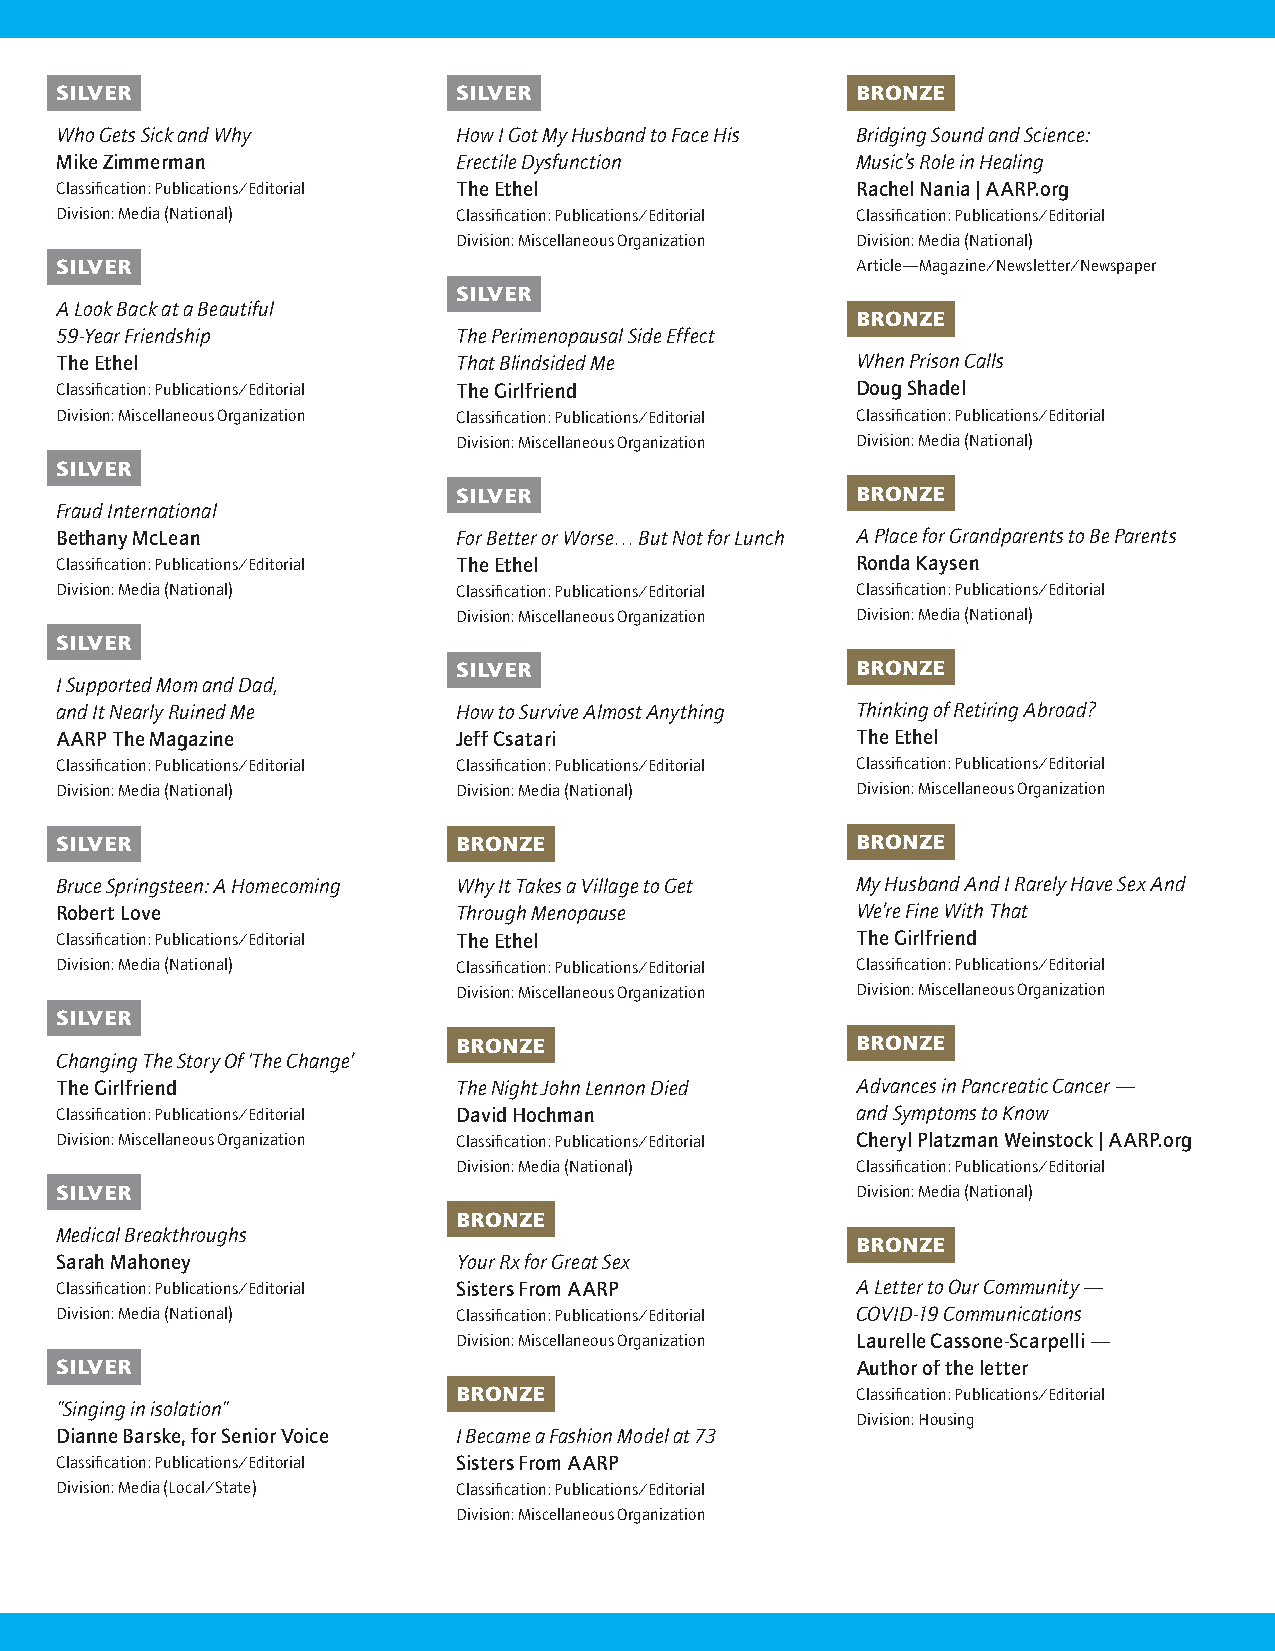
SILVER                    SILVER                     BRONZE
 Who Gets Sick and Why     How I Got My Husband to Face His Bridging Sound and Science:
 Mike Zimmerman            Erectile Dysfunction       Music’s Role in Healing
 Classification: Publications/Editorial The Ethel     Rachel Nania | AARP.org
 Division: Media (National) Classification: Publications/Editorial Classification: Publications/Editorial
 Division: Miscellaneous Organization Division: Media (National)
 SILVER                                               Article—Magazine/Newsletter/Newspaper
 SILVER
 A Look Back at a Beautiful
 BRONZE
 59-Year Friendship        The Perimenopausal Side Effect
 The Ethel                 That Blindsided Me         When Prison Calls
 Classification: Publications/Editorial The Girlfriend Doug Shadel
 Division: Miscellaneous Organization Classification: Publications/Editorial Classification: Publications/Editorial
 Division: Miscellaneous Organization Division: Media (National)
 SILVER
 SILVER                     BRONZE
 Fraud International
 Bethany McLean            For Better or Worse… But Not for Lunch A Place for Grandparents to Be Parents
 Classification: Publications/Editorial The Ethel     Ronda Kaysen
 Division: Media (National) Classification: Publications/Editorial Classification: Publications/Editorial
 Division: Miscellaneous Organization Division: Media (National)
 SILVER
 SILVER                     BRONZE
 I Supported Mom and Dad,
 and It Nearly Ruined Me   How to Survive Almost Anything Thinking of Retiring Abroad?
 AARP The Magazine         Jeff Csatari               The Ethel
 Classification: Publications/Editorial Classification: Publications/Editorial Classification: Publications/Editorial
 Division: Media (National) Division: Media (National) Division: Miscellaneous Organization
 SILVER                    BRONZE                     BRONZE
 Bruce Springsteen: A Homecoming Why It Takes a Village to Get My Husband And I Rarely Have Sex And
 Robert Love               Through Menopause          We’re Fine With That
 Classification: Publications/Editorial The Ethel     The Girlfriend
 Division: Media (National) Classification: Publications/Editorial Classification: Publications/Editorial
 Division: Miscellaneous Organization Division: Miscellaneous Organization
 SILVER
 BRONZE                     BRONZE
 Changing The Story Of ‘The Change’
 The Girlfriend            The Night John Lennon Died Advances in Pancreatic Cancer —
 Classification: Publications/Editorial David Hochman and Symptoms to Know
 Division: Miscellaneous Organization Classification: Publications/Editorial Cheryl Platzman Weinstock | AARP.org
 Division: Media (National) Classification: Publications/Editorial
 SILVER                                               Division: Media (National)
 BRONZE
 Medical Breakthroughs
 BRONZE
 Sarah Mahoney             Your Rx for Great Sex
 Classification: Publications/Editorial Sisters From AARP A Letter to Our Community —
 Division: Media (National) Classification: Publications/Editorial COVID-19 Communications
 Division: Miscellaneous Organization Laurelle Cassone-Scarpelli —
 SILVER                                               Author of the letter
 BRONZE                     Classification: Publications/Editorial
 ”Singing in isolation”
 Division: Housing
 Dianne Barske, for Senior Voice I Became a Fashion Model at 73
 Classification: Publications/Editorial Sisters From AARP
 Division: Media (Local/State) Classification: Publications/Editorial
 Division: Miscellaneous Organization